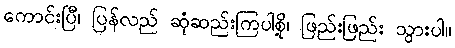
ကောင်းပြီ၊ ပြန်လည် ဆုံဆည်းကြပါစို့၊ ဖြည်းဖြည်း သွားပါ။